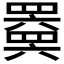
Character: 𬙩